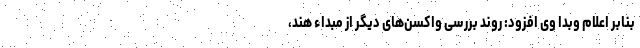
بنابر اعلام وبدا وی افزود: روند بررسی واکسن‌های دیگر از مبداء هند،